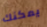
يمكنك